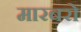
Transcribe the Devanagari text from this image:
मारबरो